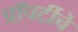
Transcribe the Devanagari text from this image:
प्रॉपर्टीचे